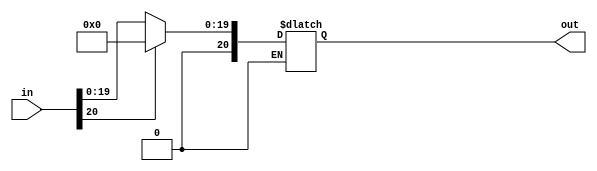
`timescale 1ns / 1ps
//////////////////////////////////////////////////////////////////////////////////
// Company: 
// Engineer: 
// 
// Design Name: 
// Module Name:    ActivationFunction 
// Project Name: 
// Target Devices: 
// Tool versions: 
// Description: 
//
// Dependencies: 
//
// Revision: 
// Revision 0.01 - File Created
// Additional Comments: 
//
//////////////////////////////////////////////////////////////////////////////////
module ActivationFunction ( input [20:0]in, output reg [20:0]out);
	always @(in) begin
		if (in[20] == 1'b1) out <= 0;
		else if (in[20] == 1'b0) out <= in;
		// **********************************
	end
endmodule